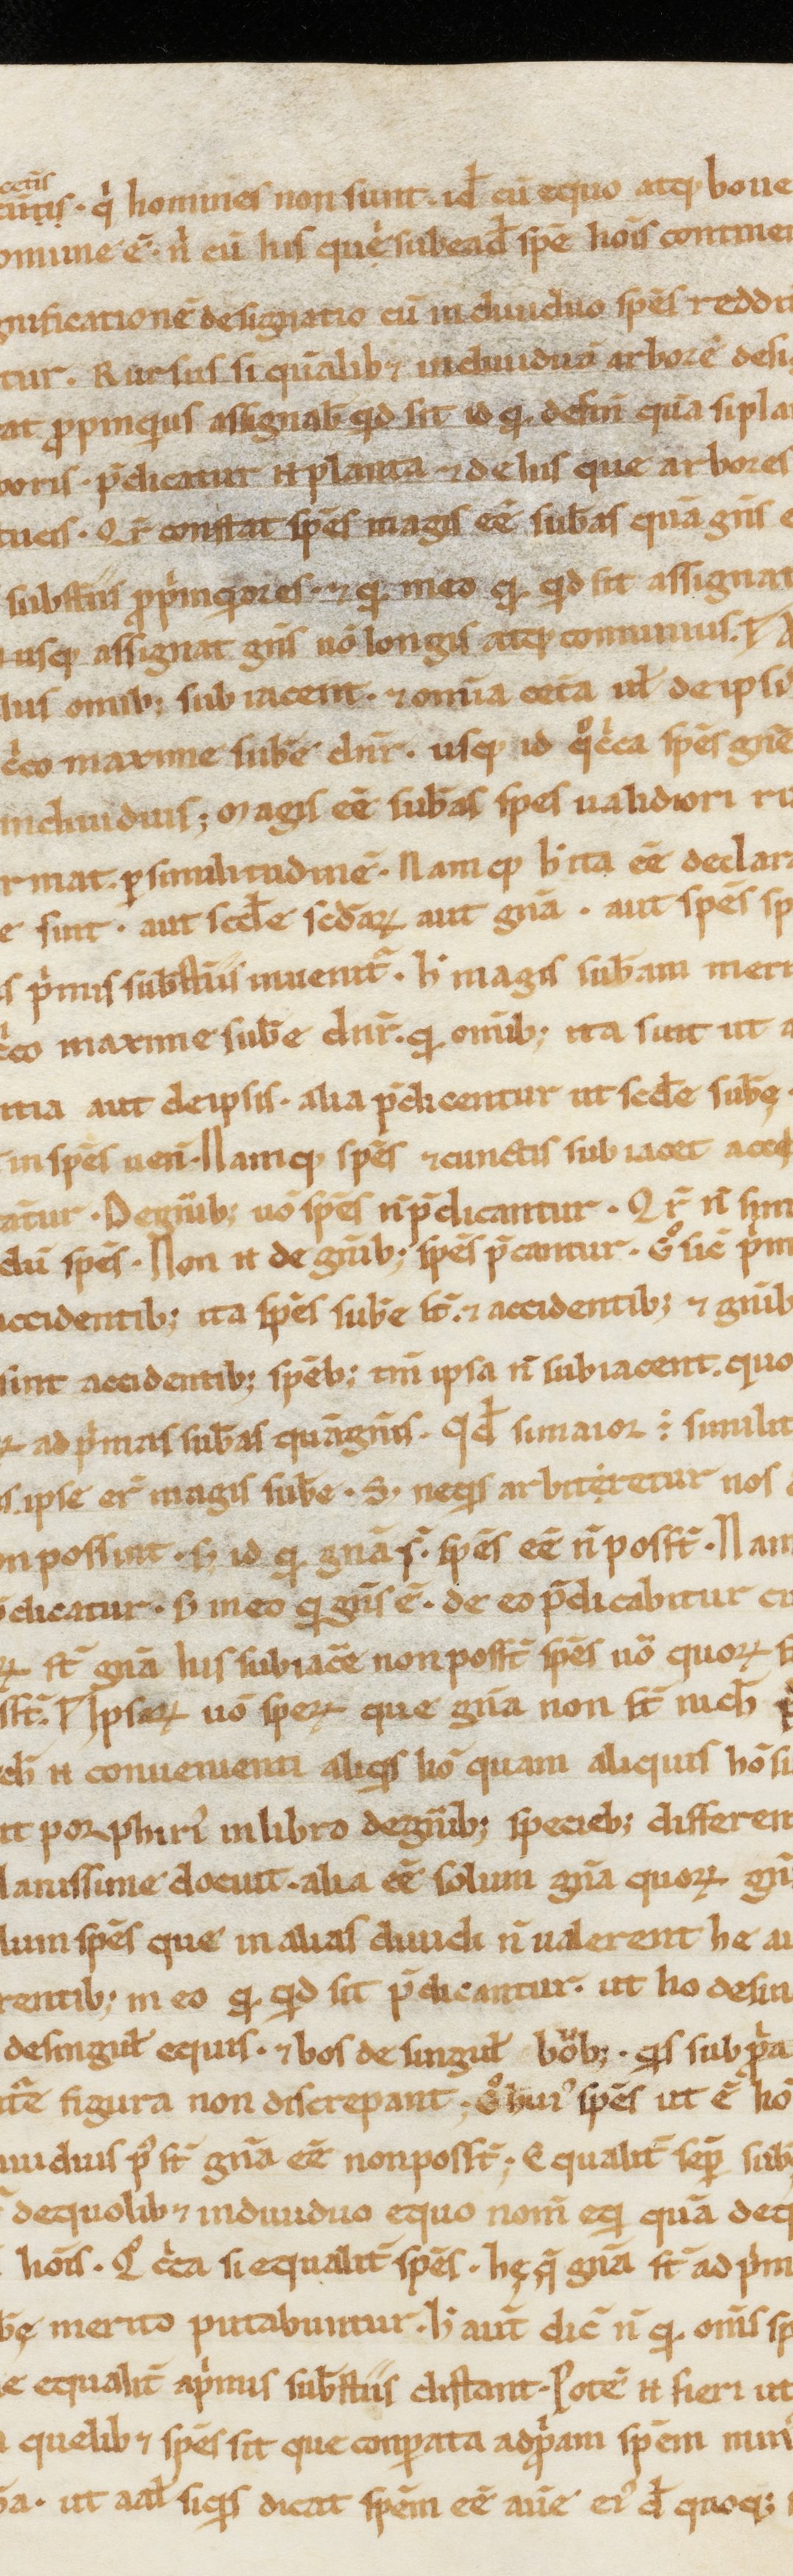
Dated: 1000–1199